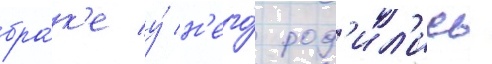
бра́к'е у́ н'его́ род'ил'ись